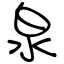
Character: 泉